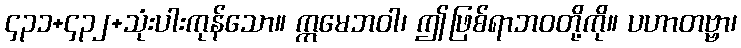
၄၃၁+၄၃၂+သုံးပါးကုန်သော။ ဣမေဘဝါ၊ ဤဖြစ်ရာဘဝတို့ကို။ ပဟာတဗ္ဗာ၊